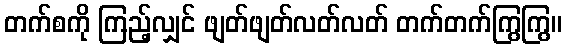
တက်စကို ကြည့်လျှင် ဖျတ်ဖျတ်လတ်လတ် တက်တက်ကြွကြွ။